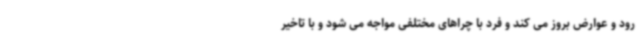
رود و عوارض بروز می کند و فرد با چراهای مختلفی مواجه می شود و با تاخیر